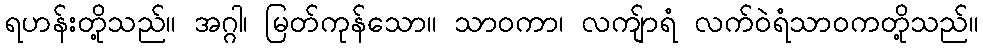
ရဟန်းတို့သည်။ အဂ္ဂါ၊ မြတ်ကုန်သော။ သာဝကာ၊ လကျ်ာရံ လက်ဝဲရံသာဝကတို့သည်။